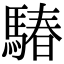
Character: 䮞